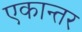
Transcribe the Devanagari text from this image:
एकान्‍तर